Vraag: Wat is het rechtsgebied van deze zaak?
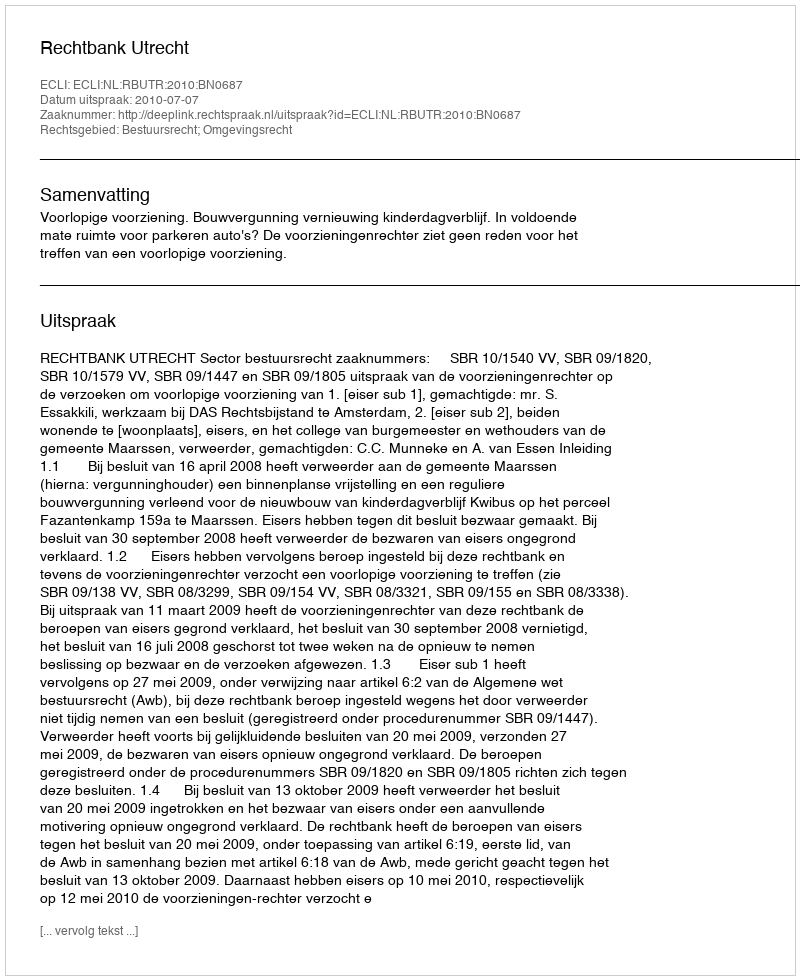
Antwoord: Bestuursrecht; Omgevingsrecht